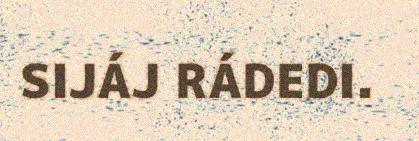
SIJÁJ RÁDEDI.